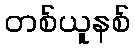
တစ်ယူနစ်